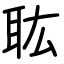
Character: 耾